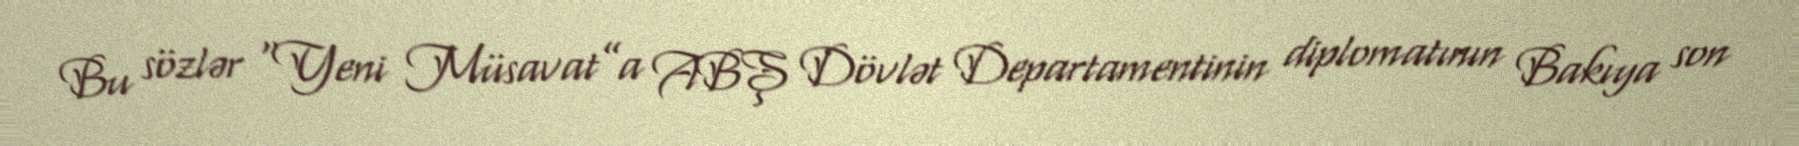
Bu sözlər “Yeni Müsavat”a ABŞ Dövlət Departamentinin diplomatının Bakıya son